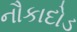
નૌકાદોડ